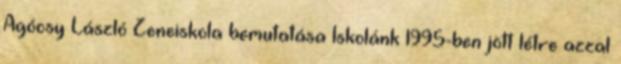
Agócsy László Zeneiskola bemutatása Iskolánk 1995-ben jött létre azzal